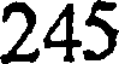
245